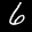
Label: 6